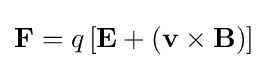
\mathbf {F} =q\left[\mathbf {E} +(\mathbf {v} \times \mathbf {B} )\right]